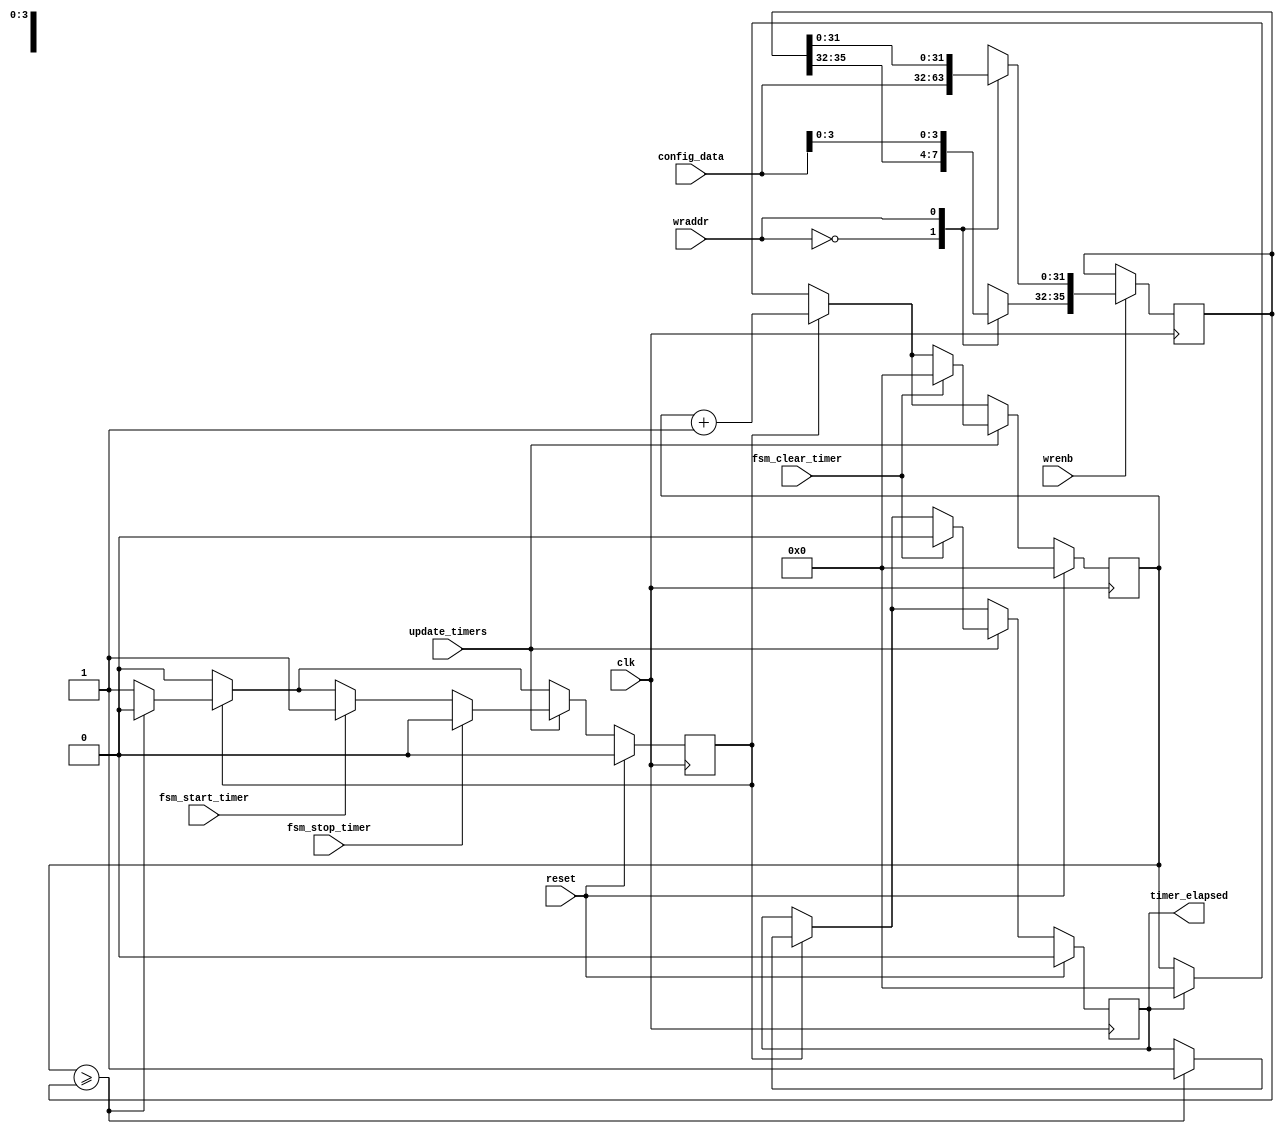
module timer (
  clk, reset, wrenb, wraddr, config_data, 
  update_timers, fsm_start_timer, fsm_clear_timer, fsm_stop_timer,
  timer_elapsed);
input clk, reset;
input wrenb, wraddr;
input [31:0] config_data;
input update_timers;
input fsm_start_timer, fsm_clear_timer, fsm_stop_timer;
output timer_elapsed;

reg [35:0] timer, next_timer;
reg [35:0] timer_limit, next_timer_limit; // 10ns to 687 seconds
reg timer_active, next_timer_active;
reg timer_elapsed, next_timer_elapsed;

//
// 10ns resolution timer's...
//
initial 
begin 
  timer = 36'h0;
  timer_active = 1'b0;
  timer_elapsed = 1'b0;
  timer_limit = 36'h0;
end

always @ (posedge clk)
begin
  timer = next_timer;
  timer_active = next_timer_active;
  timer_elapsed = next_timer_elapsed;
  timer_limit = next_timer_limit;
end

always @*
begin
  next_timer = (timer_elapsed) ? 36'h0 : timer;
  next_timer_active = timer_active;
  next_timer_elapsed = timer_elapsed;
  next_timer_limit = timer_limit;

  if (timer_active) 
    begin
      next_timer = timer+1'b1;
      if (timer >= timer_limit) 
	begin
	  next_timer_elapsed = 1'b1;
	  next_timer_active = 1'b0;
	end
    end

  if (update_timers) 
    begin
      if (fsm_start_timer) next_timer_active=1'b1;
      if (fsm_clear_timer) begin next_timer=0; next_timer_elapsed=1'b0; end
      if (fsm_stop_timer) next_timer_active=1'b0;
    end

  if (wrenb)
    case (wraddr)
      1'b0 : next_timer_limit[31:0] = config_data;
      1'b1 : next_timer_limit[35:32] = config_data[3:0];
    endcase

  if (reset)
    begin
      next_timer = 0;
      next_timer_active = 0;
      next_timer_elapsed = 0;
    end
end

endmodule